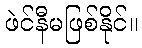
ဖဲင်နီမဖြစ်နိုင်။